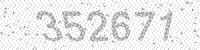
Solution: 352671